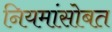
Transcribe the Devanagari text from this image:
नियमांसोबत